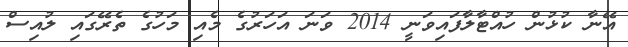
އޭނާ ކުޅުން ހުއްޓާލާފައިވަނީ 2014 ވަނަ އަހަރުގެ މެއި މަހުގެ ތެރޭގައި ލުއިސް